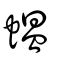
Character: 蝹